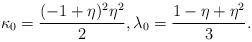
LaTeX: \begin{align*}\kappa_0 = \frac{(-1 + \eta)^2 \eta^2}{2},\lambda_0 =\frac{1 - \eta + \eta^2}{3}.\end{align*}